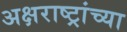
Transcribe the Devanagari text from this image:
अक्षराष्ट्रांच्या